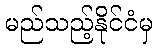
မည်သည့်နိုင်ငံမှ